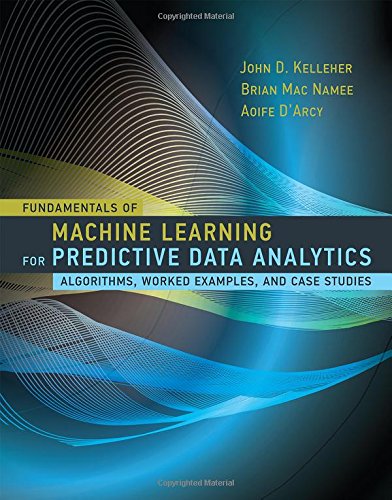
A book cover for Fundamentals of Machine Learning for Predictive Data                 Analytics: Algorithms, Worked Examples, and Case Studies; John D. Kelleher; Computers & Technology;